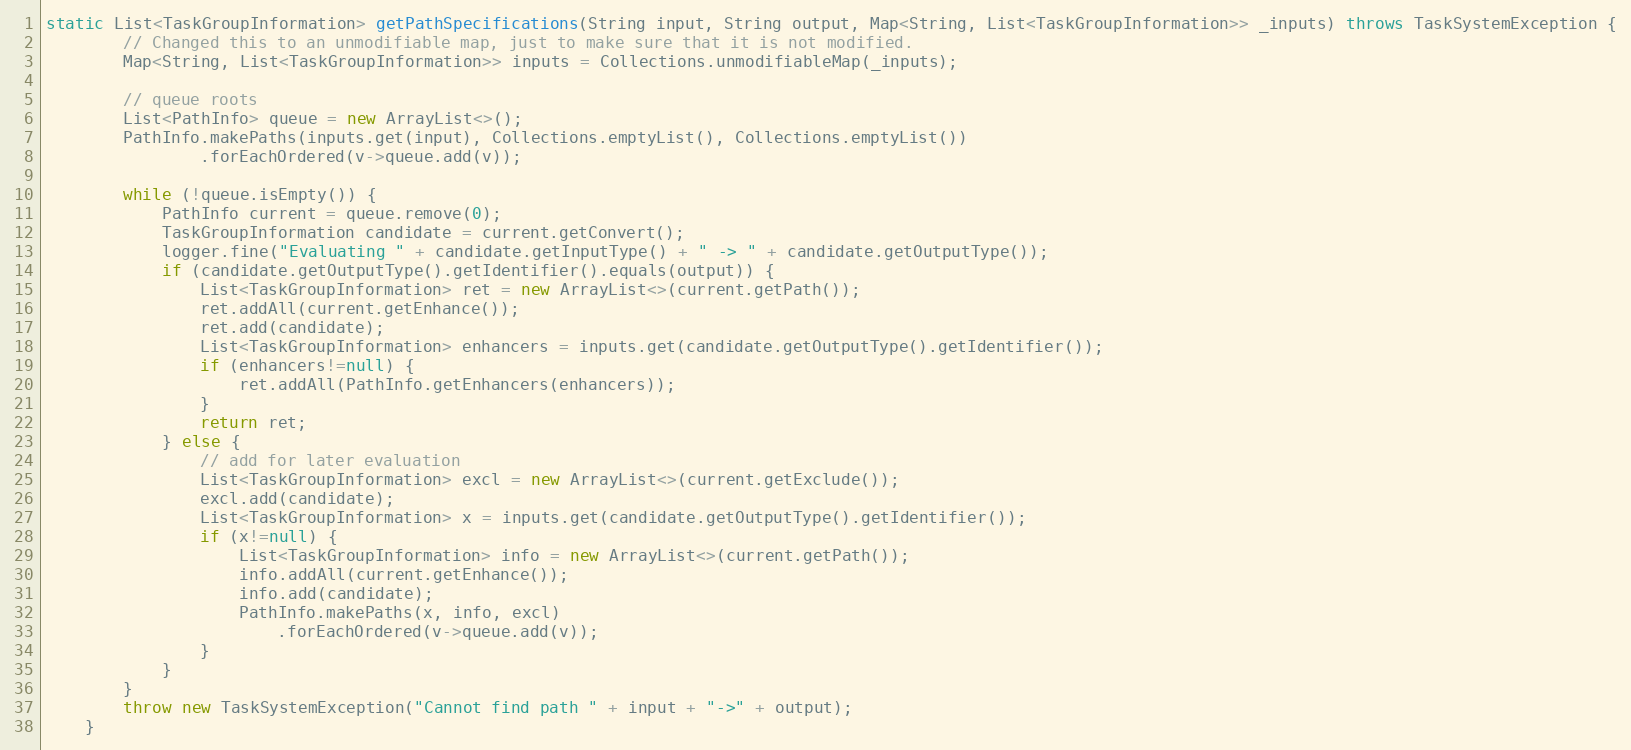
Language: Java
static List<TaskGroupInformation> getPathSpecifications(String input, String output, Map<String, List<TaskGroupInformation>> _inputs) throws TaskSystemException {
		// Changed this to an unmodifiable map, just to make sure that it is not modified.
		Map<String, List<TaskGroupInformation>> inputs = Collections.unmodifiableMap(_inputs);

		// queue roots
		List<PathInfo> queue = new ArrayList<>();
		PathInfo.makePaths(inputs.get(input), Collections.emptyList(), Collections.emptyList())
				.forEachOrdered(v->queue.add(v));

		while (!queue.isEmpty()) {
			PathInfo current = queue.remove(0);
			TaskGroupInformation candidate = current.getConvert();
			logger.fine("Evaluating " + candidate.getInputType() + " -> " + candidate.getOutputType());
			if (candidate.getOutputType().getIdentifier().equals(output)) {
				List<TaskGroupInformation> ret = new ArrayList<>(current.getPath());
				ret.addAll(current.getEnhance());
				ret.add(candidate);
				List<TaskGroupInformation> enhancers = inputs.get(candidate.getOutputType().getIdentifier());
				if (enhancers!=null) {
					ret.addAll(PathInfo.getEnhancers(enhancers));
				}
				return ret;
			} else {
				// add for later evaluation
				List<TaskGroupInformation> excl = new ArrayList<>(current.getExclude());
				excl.add(candidate);
				List<TaskGroupInformation> x = inputs.get(candidate.getOutputType().getIdentifier());
				if (x!=null) {
					List<TaskGroupInformation> info = new ArrayList<>(current.getPath());
					info.addAll(current.getEnhance());
					info.add(candidate);
					PathInfo.makePaths(x, info, excl)
						.forEachOrdered(v->queue.add(v));
				}
			}
		}
		throw new TaskSystemException("Cannot find path " + input + "->" + output);
	}